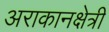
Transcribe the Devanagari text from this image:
अराकानक्षेत्री